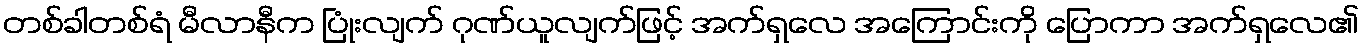
တစ်ခါတစ်ရံ မီလာနီက ပြုံးလျက် ဂုဏ်ယူလျက်ဖြင့် အက်ရှလေ အကြောင်းကို ပြောကာ အက်ရှလေ၏